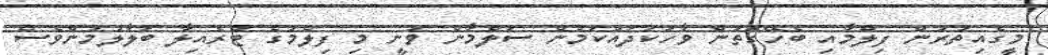
މީގެއިތުރުން ފިލްމާއި ބެހޭގޮތުން ވާހަކަދައްކަމުން ސަލްމާން ވަނީ މި ފިލްމުގެ ޓްރެއިލާ ބަލާލުމުންވެސް